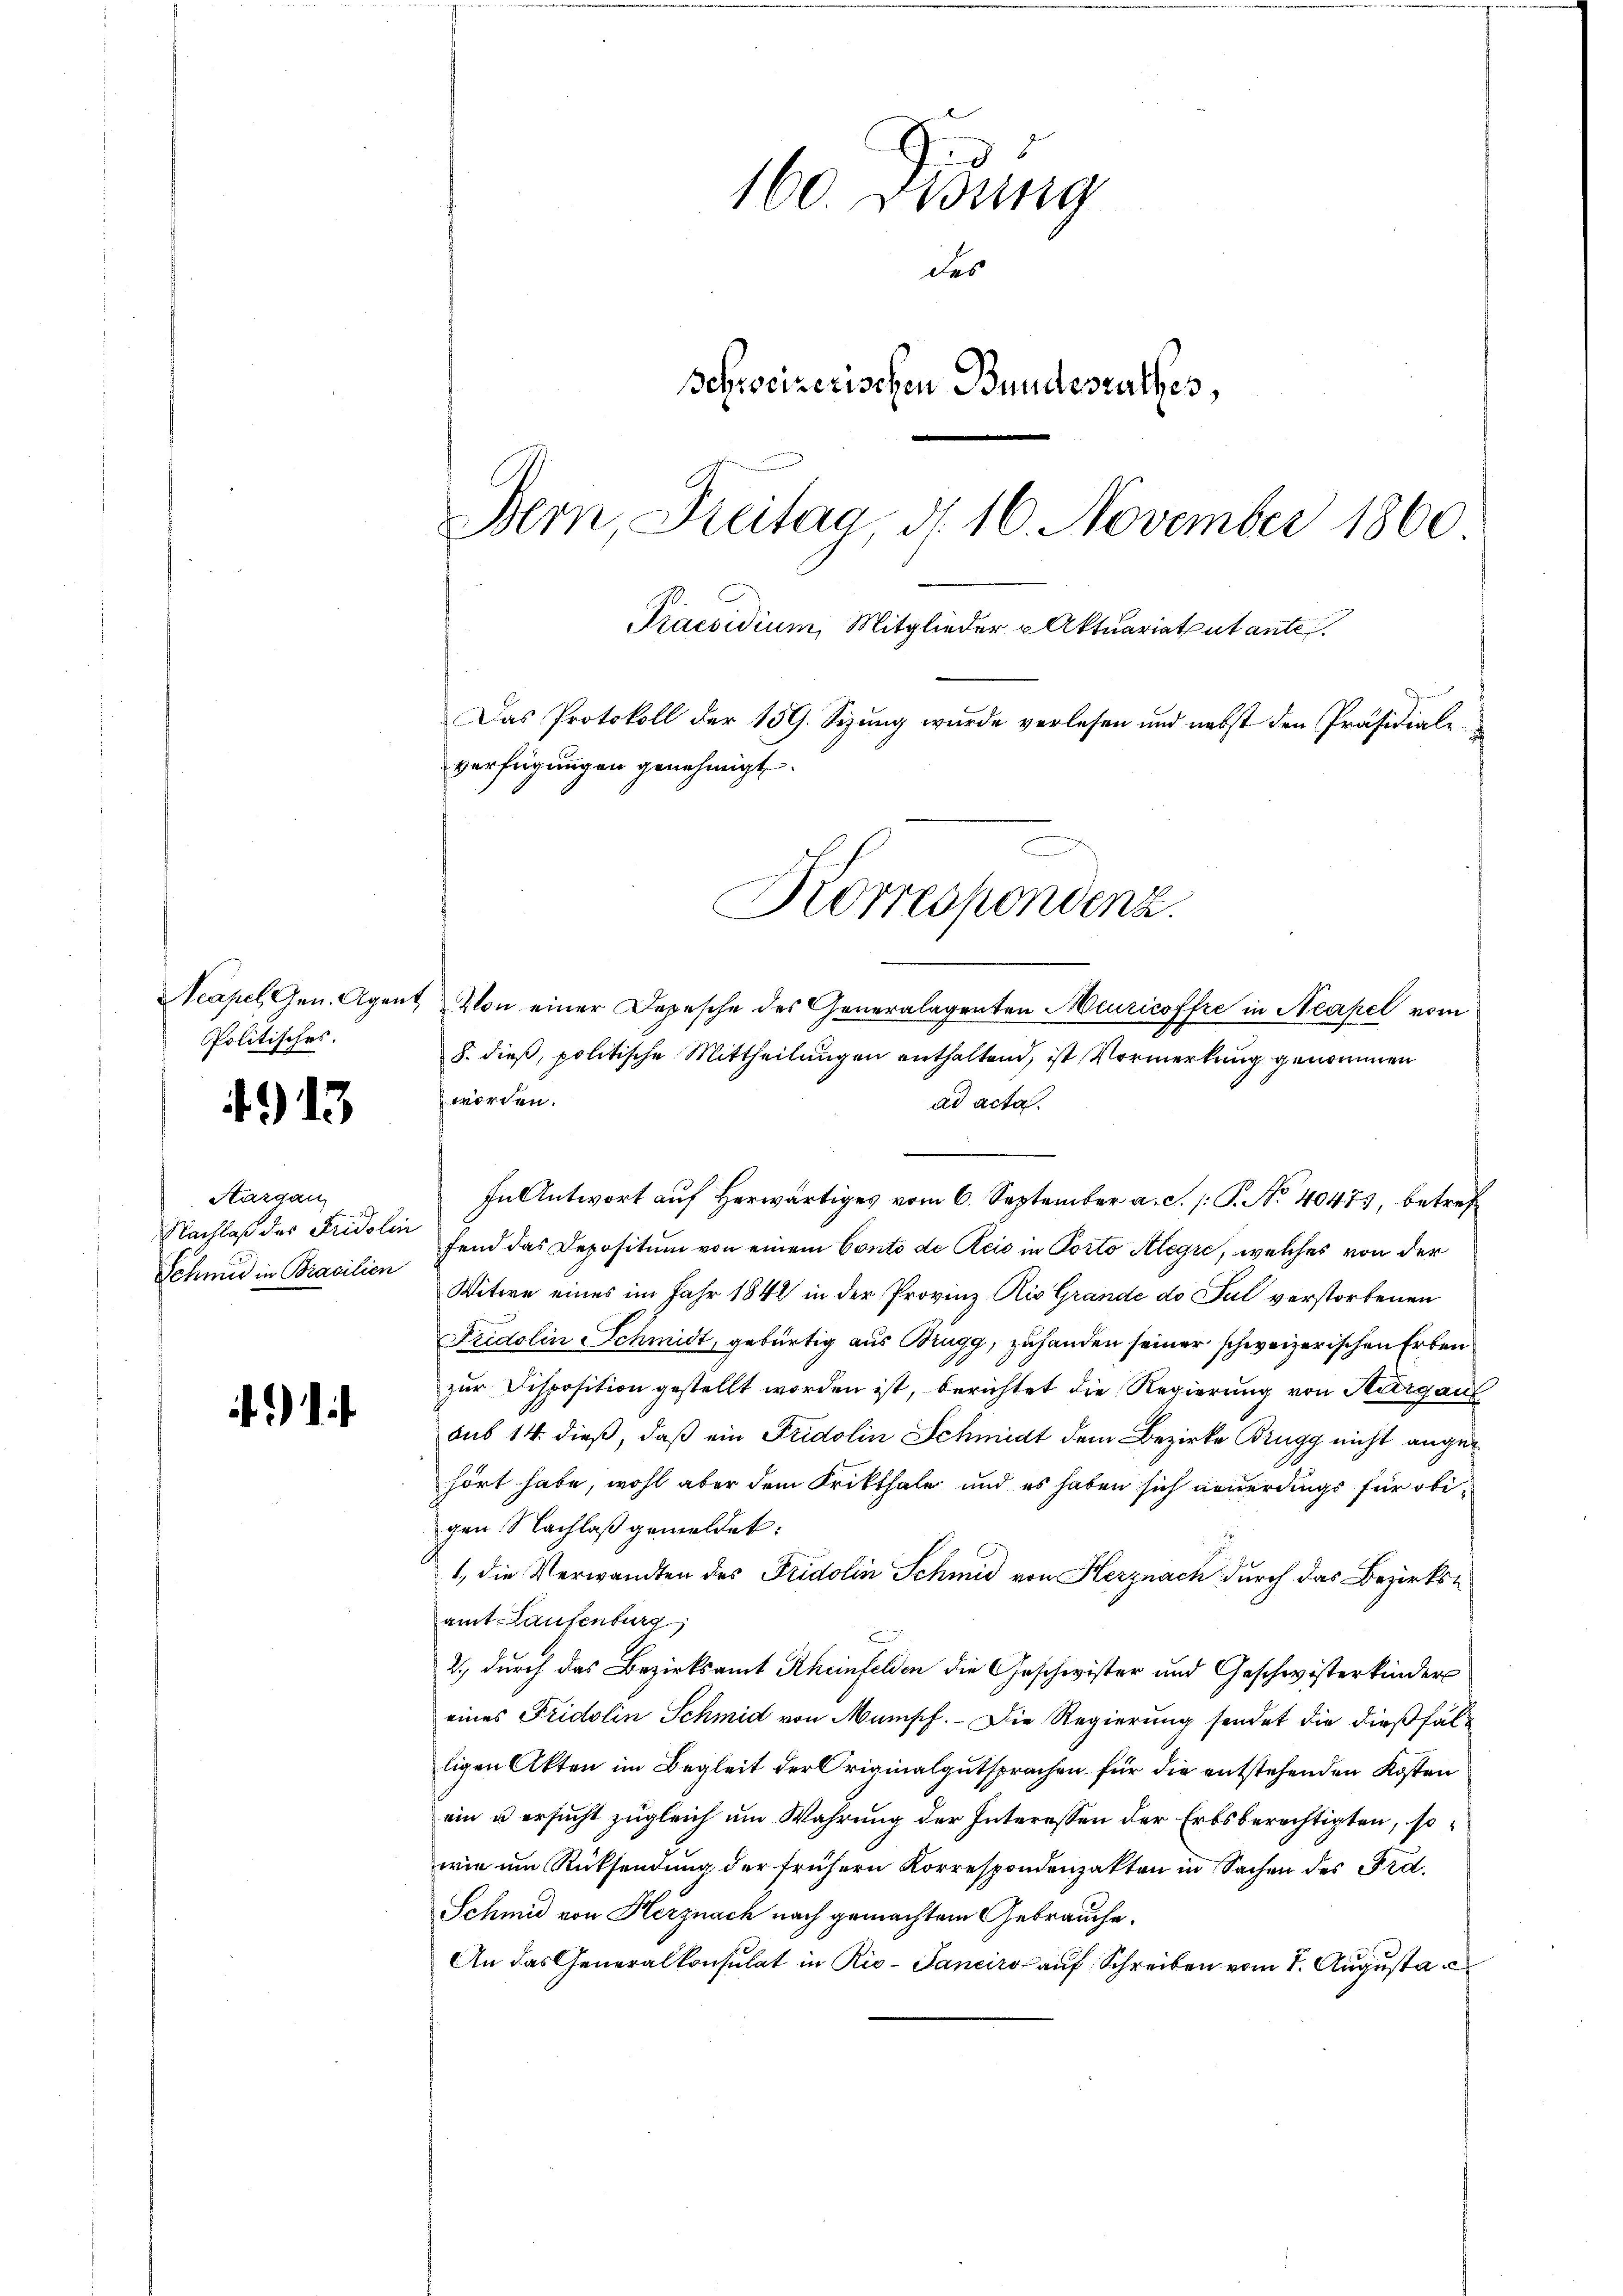
Acapel Gen. Agent
Politisches.

4913

Aargau
Nachlaß des Fridolin
Schmid in Brasilien

)

Korrespondenz.

160. Didung
des
Schweizerischen Bundesrathes,
Bern Dreitag, d. 16. November 1860
Praesidium, Mitglieder Aktuariat utante.
Das Protokoll der 159. Sizung wurde verlesen und nebst den Präsidiale
verfügungen genehmigt.

Von einer Depesche des Generalagenten Meuricoffre in Neapel vom
8. dieß, politische Mittheilungen enthaltend, ist Vormerkung genommen
worden.
ad acta.
In Antwort auf Herwärtiges vom 6. September a. S. /: P. No 40473, betreffend das Depositum von einem Conto de Reis in Porto Alegii, welches von der
Witwe eines im Jahr 1842 in der Provinz. Aio Grande do Jul verstorbenen
Fridolin Schmidt, gebürtig aus Brugg, zuhanden seiner schweizerischen Erben
zur Disposition gestellt worden ist, berichtet die Regierung von Thurgau
sub 14. dieß, daß ein Fridolin Schmidt dem Bezirke Brugg nicht angehört habe, wohl aber dem Kritthale und es haben sich neuerdings für obigen Nachlaß gemeldet:
1., die Verwandten des Fridolin Schmid von Herznach durch das Bezirksamt Laufenburg
2.) durch das Bezirksamt Rheinfelden die Geschwister und Geschwisterkinder
eines Fridolin Schmid von Mansch. - Die Regierung sendet die dießfälligen Akten im Begleit der Originalgutsprachen für die entstehenden Kosten
ein u ersucht zugleich um Wahrung der Interessen der Erbsberechtigten, sowie um Rücksendung der frühern Korrespondenzakten in Sachen des Ord¬
Schmid von Herznach nach gemachtem Gebrauche.
An das Generalkonsulat in Rio- Sanciro auf Schreiben vom 1. Augusta